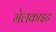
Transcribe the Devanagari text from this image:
मेलकाइट